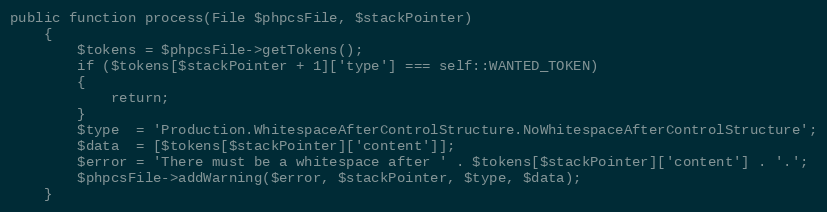
Language: PHP
public function process(File $phpcsFile, $stackPointer)
    {
        $tokens = $phpcsFile->getTokens();
        if ($tokens[$stackPointer + 1]['type'] === self::WANTED_TOKEN)
        {
            return;
        }
        $type  = 'Production.WhitespaceAfterControlStructure.NoWhitespaceAfterControlStructure';
        $data  = [$tokens[$stackPointer]['content']];
        $error = 'There must be a whitespace after ' . $tokens[$stackPointer]['content'] . '.';
        $phpcsFile->addWarning($error, $stackPointer, $type, $data);
    }